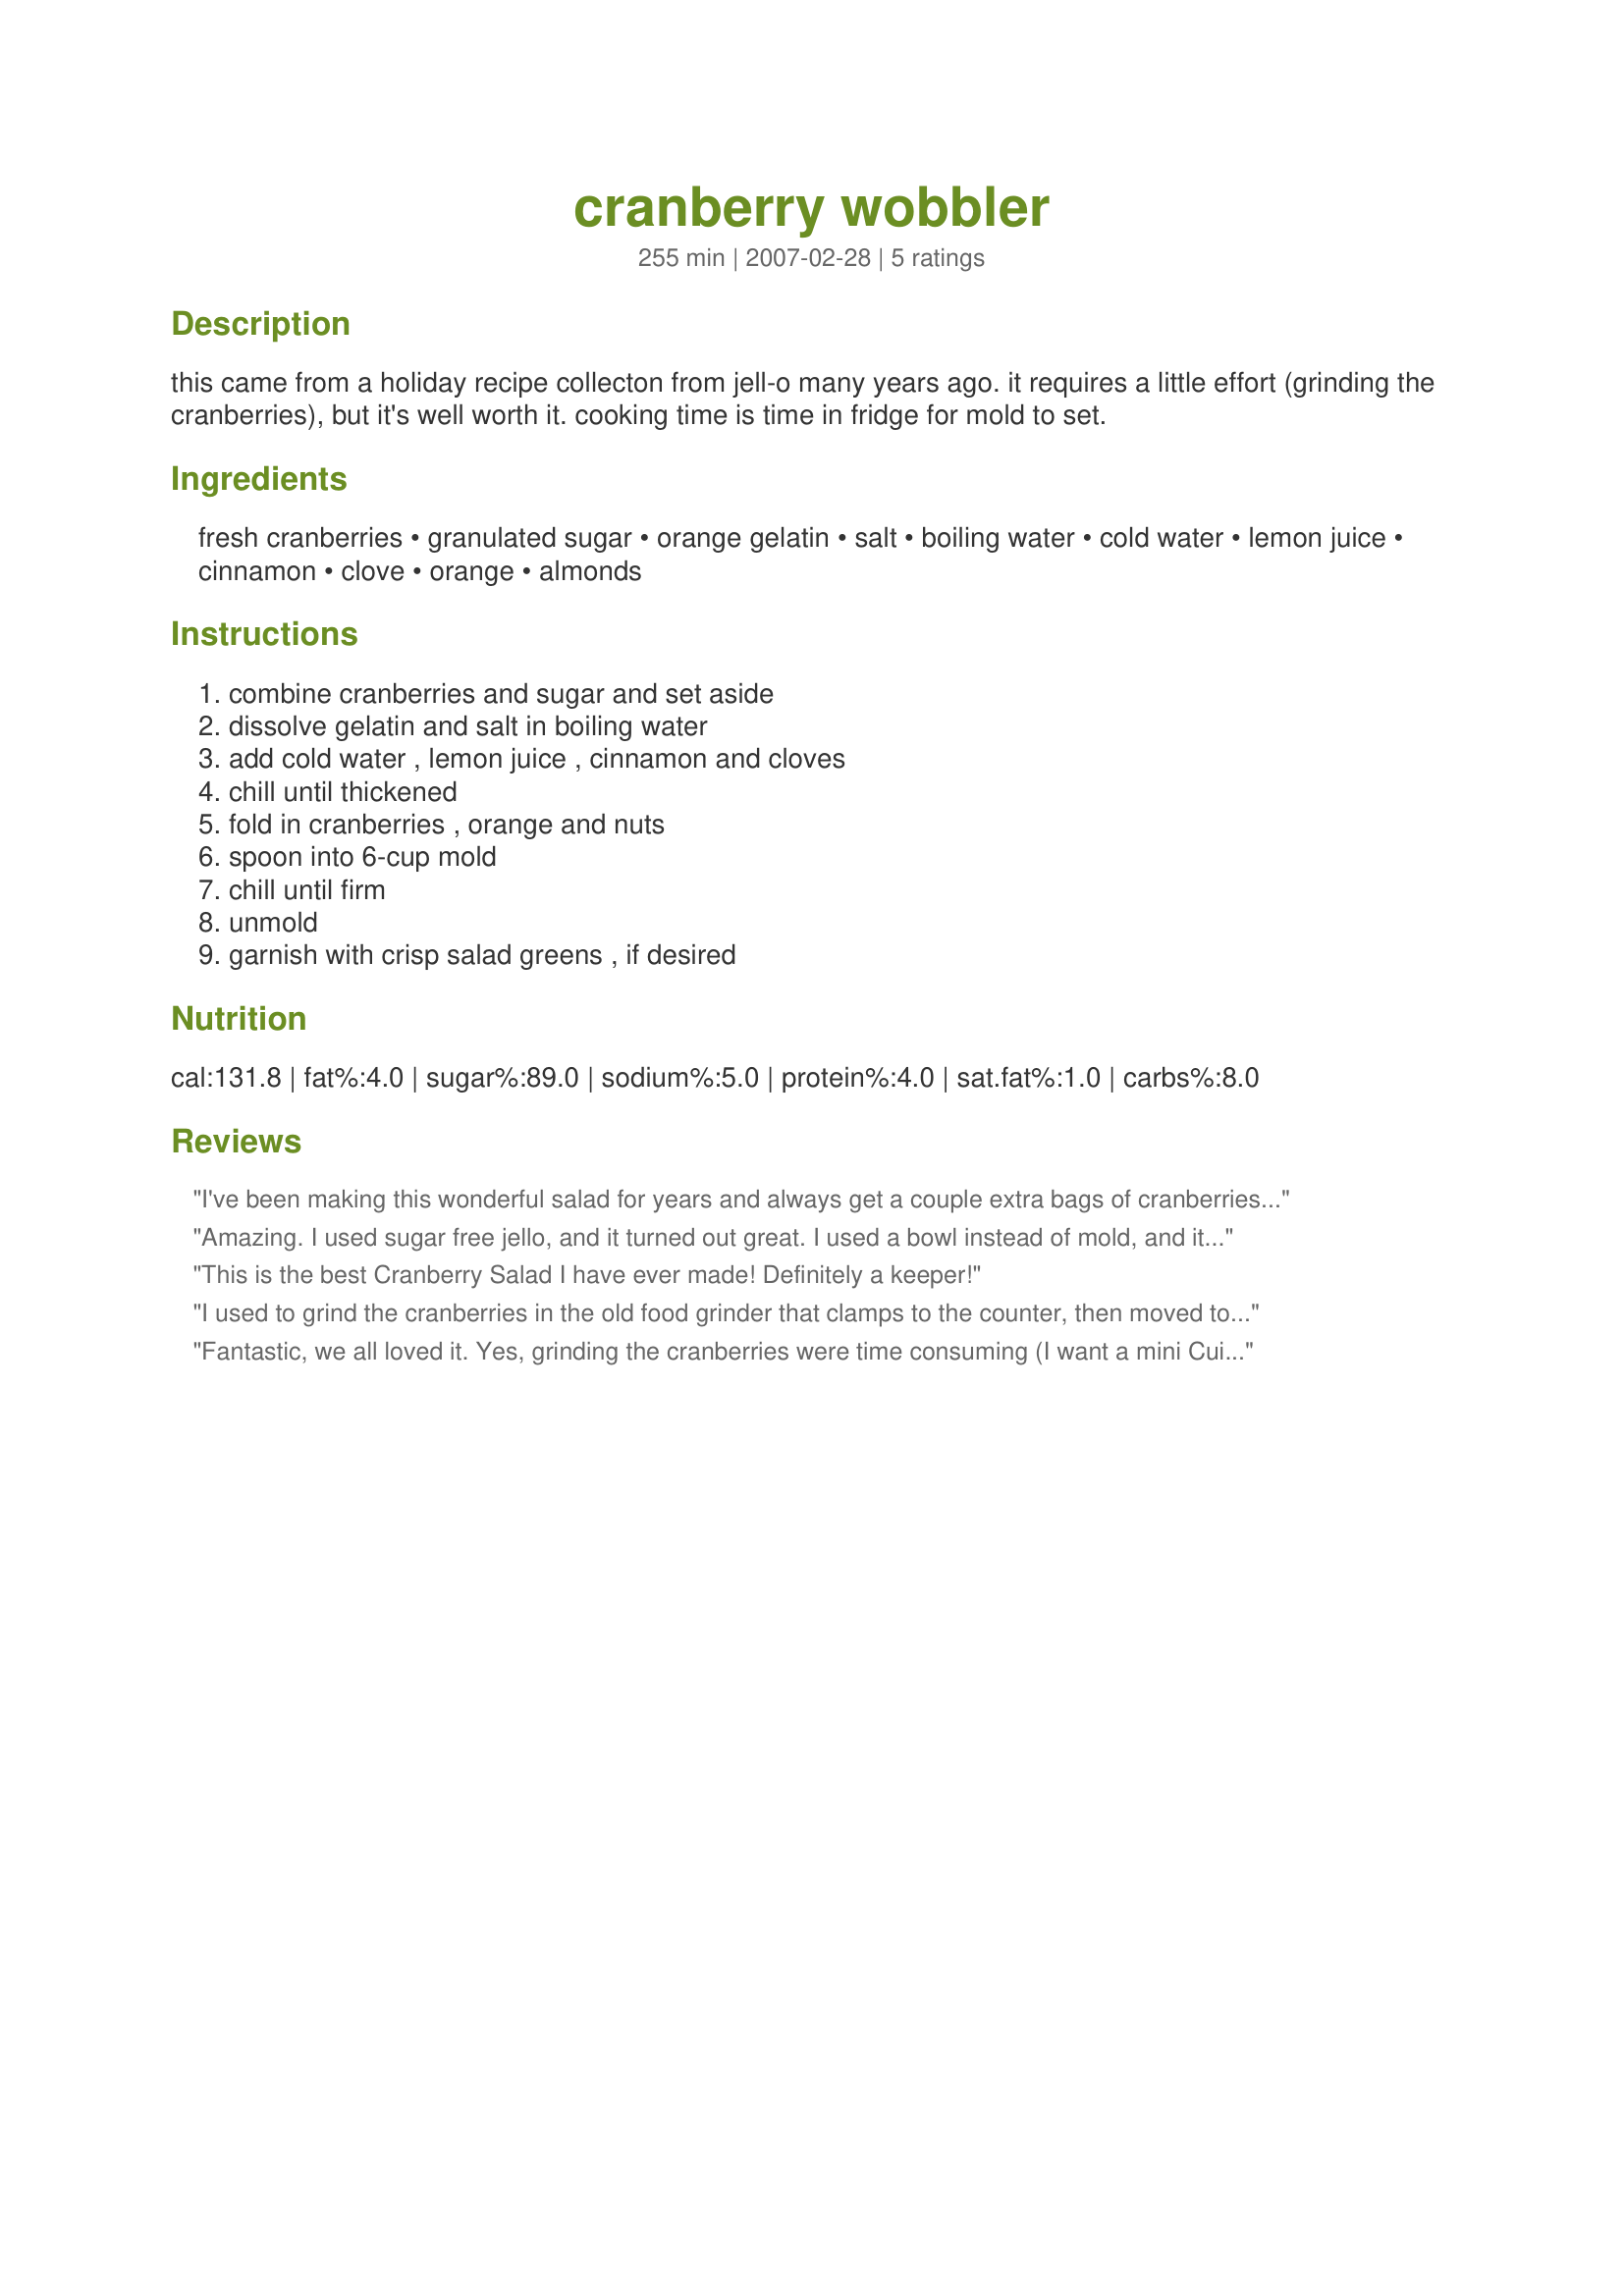
cranberry wobbler
Preparation time: 255 minutes

this came from a holiday recipe collecton from jell-o many years ago. it requires a little effort (grinding the cranberries), but it's well worth it. cooking time is time in fridge for mold to set.

Ingredients:
fresh cranberries, granulated sugar, orange gelatin, salt, boiling water, cold water, lemon juice, cinnamon, clove, orange, almonds

Steps:
combine cranberries and sugar and set aside, dissolve gelatin and salt in boiling water, add cold water , lemon juice , cinnamon and cloves, chill until thickened, fold in cranberries , orange and nuts, spoon into 6-cup mold, chill until firm, unmold, garnish with crisp salad greens , if desired

Reviews:
I've been making this wonderful salad for years and always get a couple extra bags of cranberries to freeze so I can make it whenever I want. I do use sugar free gelatin in place of the regular and if you can't find a fresh orange, the canned mandarins work great! Also, grinding the cranberries is a snap with a few seconds in the food processor! It's a colorful addition to the table and a delicious sweet/tart and refreshing taste in every bite! Thank you for posting!:)
Amazing. I used sugar free jello, and it turned out great. I used a bowl instead of mold, and it was still great. Great, healtheir cranberry option for thanksgiving.
This is the best Cranberry Salad I have ever made! Definitely a keeper!
I used to grind the cranberries in the old food grinder that clamps to the counter, then moved to the Cuisinart, but now I put them in a pan and heat them on a low heat until they start to pop and get mushy, brings out the juices too, I then just add them to the jello when its time and people really like it, one more pan to clean but they turn out so good.
Fantastic, we all loved it. Yes, grinding the cranberries were time consuming (I want a mini Cuisinart now!) but well worth it. I used orange flavored jell-o, mandarin oranges and walnuts. Thanks Mary!
